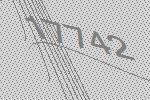
17742